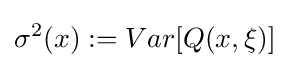
\sigma ^{2}(x):=Var[Q(x,\xi )]